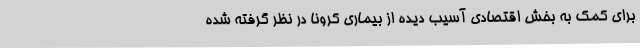
برای کمک به بخش اقتصادی آسیب دیده از بیماری کرونا در نظر گرفته شده